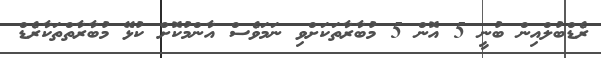
ރެޑްބުލްއިން ބުނީ 5 އޮން 5 މުބާރާތަކަށްވި ނަމަވެސް އާންމުކޮށް ކުޅޭ މުބާރާތްތަކާރެޑް